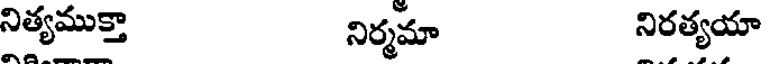
నిత్యముక్తా నిర్మమా నిరత్యయా